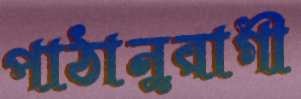
পাঠানুরাগী